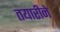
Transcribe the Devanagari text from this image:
तयारीने